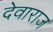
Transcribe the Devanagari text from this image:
देवाराज